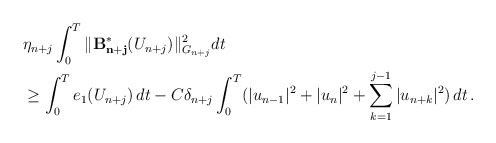
\begin{align*}&\eta_{n+j}\int_0^T \| \mathcal{\mathbf{B^{\ast}_{n+j}}}(U_{n+j}) \|_{G_{n+j}}^2 dt \\&\ge\int_0^T e_1(U_{n+j})\,dt - C\delta_{n+j} \int_0^T (|u_{n-1}|^2 +|u_n|^2+\sum_{k=1}^{j-1} |u_{n+k}|^2)\,dt \,.\end{align*}